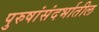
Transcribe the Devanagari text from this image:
पुरुषांसंदर्भातील